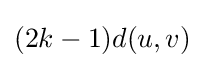
(2k-1)d(u,v)